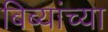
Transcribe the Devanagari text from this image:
बिब्यांच्या